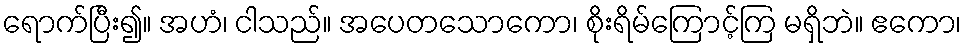
ရောက်ပြီး၍။ အဟံ၊ ငါသည်။ အပေတသောကော၊ စိုးရိမ်ကြောင့်ကြ မရှိဘဲ။ ဧကော၊